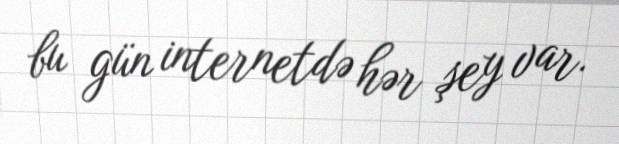
bu gün internetdə hər şey var.